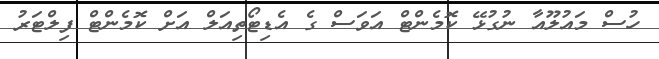
ހުސް މައުލޫއާ ނުގުޅޭ ކޮމެންޓް އަވަސް ގެ އެޑިޓޯތިއަލް އަށް ކޮމެންޓް ފިލްޓަރު